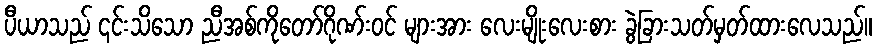
ပီယာသည် ၎င်းသိသော ညီအစ်ကိုတော်ဂိုဏ်းဝင် များအား လေးမျိုးလေးစား ခွဲခြားသတ်မှတ်ထားလေသည်။